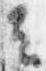
云